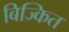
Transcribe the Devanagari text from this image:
बिज्कित